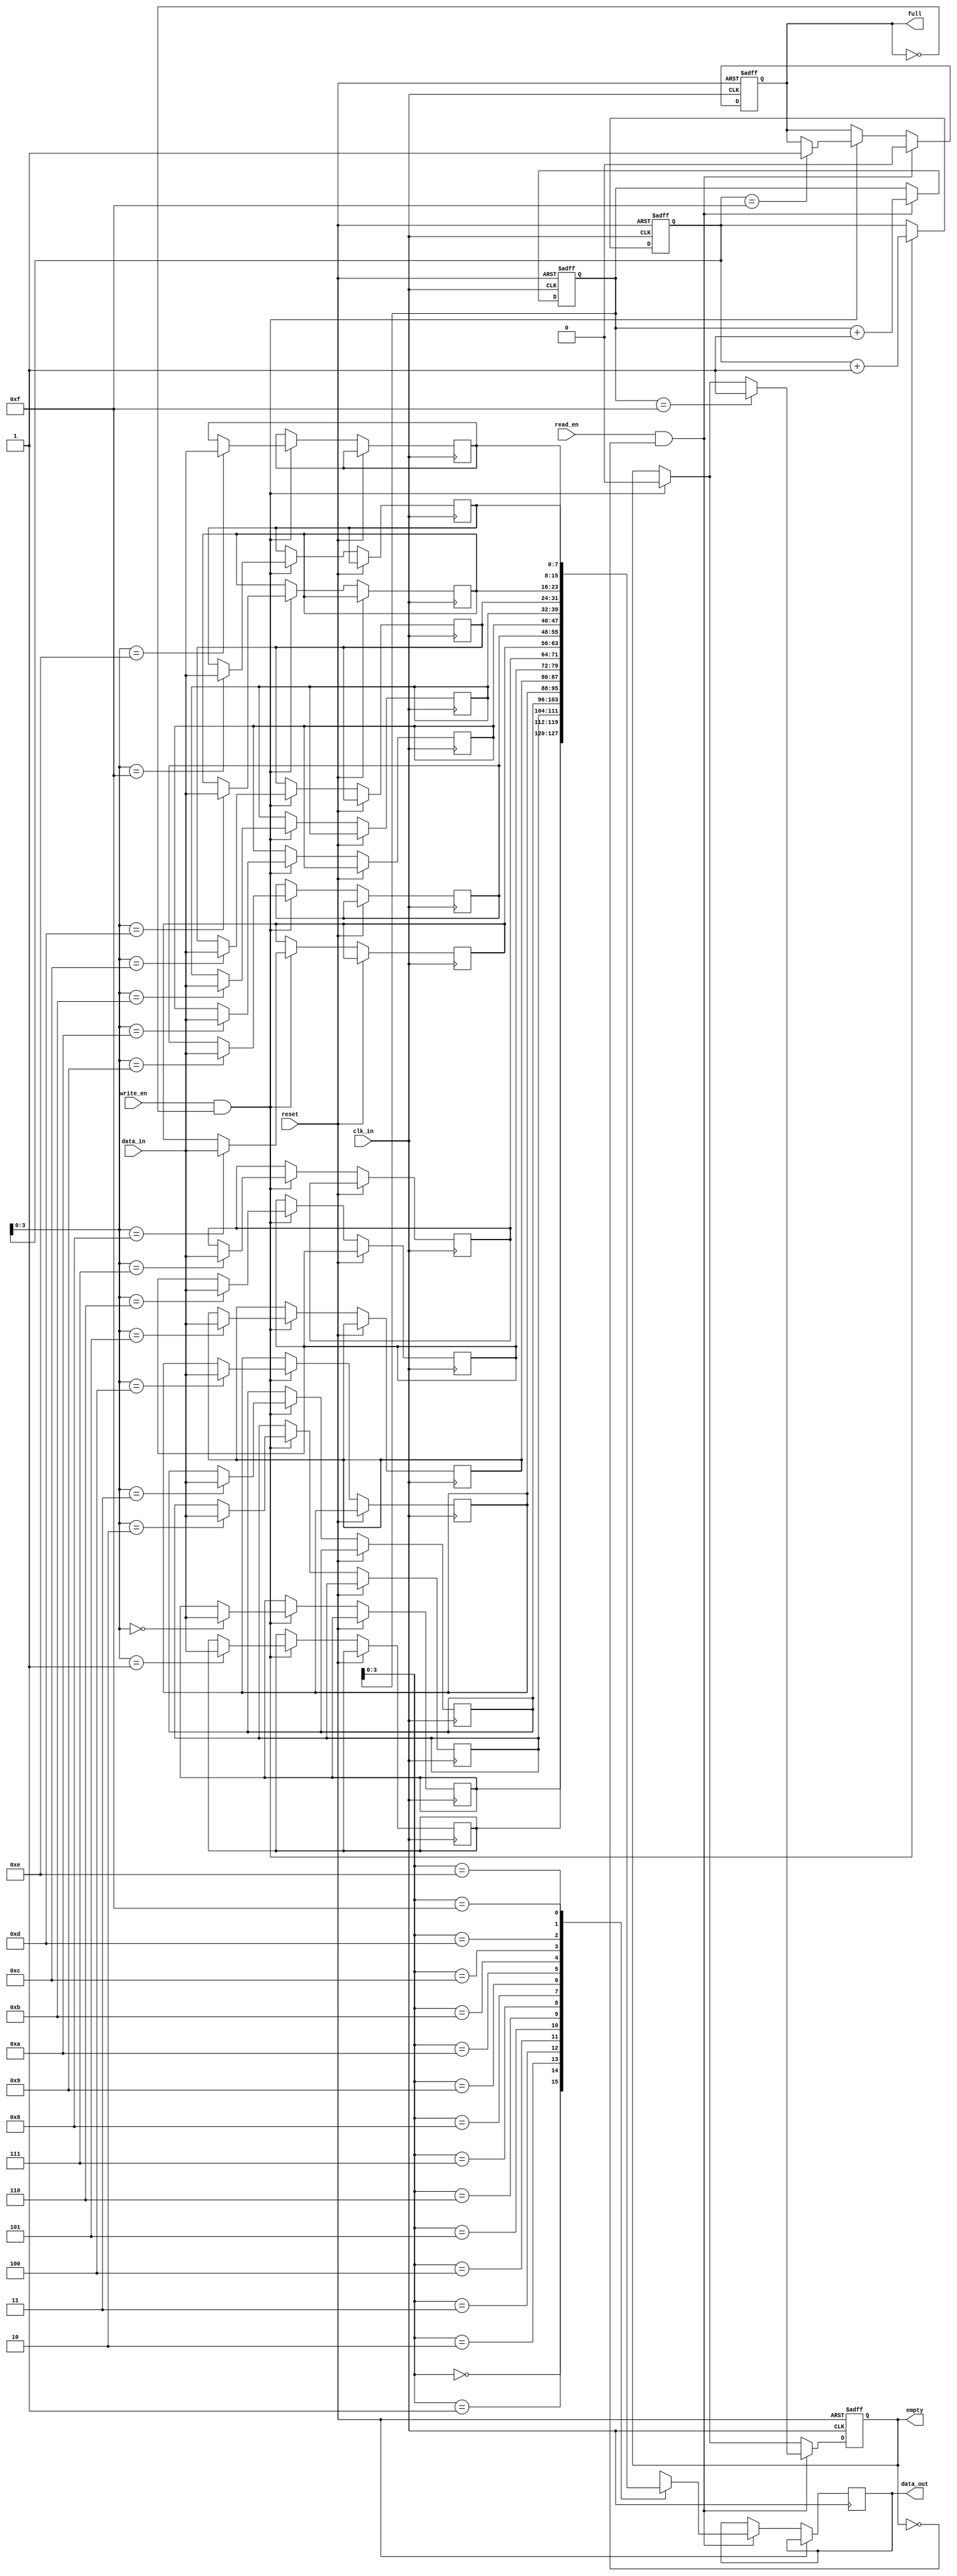
module last_word_fall_through_fifo (
    input wire clk_in,  // Input clock domain
    input wire reset,   // Reset signal

    input wire write_en,    // Write enable signal
    input wire [DATA_WIDTH-1:0] data_in,  // Input data
    input wire read_en,     // Read enable signal
    output reg [DATA_WIDTH-1:0] data_out,  // Output data

    output reg full,   // Flag indicating buffer is full
    output reg empty   // Flag indicating buffer is empty
);

parameter DEPTH = 16;  // Configurable depth of FIFO buffer
parameter DATA_WIDTH = 8;  // Data width

reg [(DATA_WIDTH-1):0] fifo [DEPTH-1:0];
reg [DEPTH-1:0] write_ptr, read_ptr;
reg [DATA_WIDTH-1:0] last_word;

always @(posedge clk_in or posedge reset) begin
    if (reset) begin
        write_ptr <= 0;
        read_ptr <= 0;
        full <= 0;
        empty <= 1;
    end else begin
        if (write_en && !full) begin
            fifo[write_ptr] <= data_in;
            write_ptr <= write_ptr + 1;
            if (write_ptr == DEPTH-1) full <= 1;
            empty <= 0;
            last_word <= data_in;
        end
        if (read_en && !empty) begin
            data_out <= fifo[read_ptr];
            read_ptr <= read_ptr + 1;
            if (read_ptr == DEPTH-1) empty <= 1;
            full <= 0;
        end
    end
end

endmodule